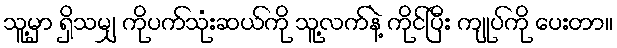
သူ့မှာ ရှိသမျှ ကိုပက်သုံးဆယ်ကို သူ့လက်နဲ့ ကိုင်ပြီး ကျုပ်ကို ပေးတာ။